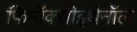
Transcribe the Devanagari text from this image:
फिनॉक्सीइथेनॉल